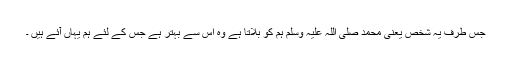
جس طرف یہ شخص یعنی محمد صلی اللہ علیہ وسلم ہم کو بلاتا ہے وہ اس سے بہتر ہے جس کے لئے ہم یہاں آئے ہیں ۔